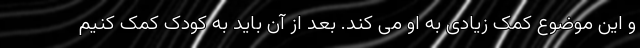
و این موضوع کمک زیادی به او می کند. بعد از آن باید به کودک کمک کنیم